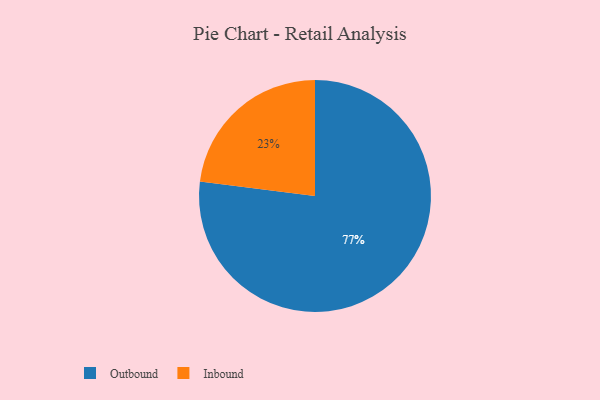
{"axis": {"x": "Category", "y": "Percentage"}, "legend": ["Inbound", "Outbound"], "data": [{"x": "Outbound", "y": 77, "type": "Outbound"}, {"x": "Inbound", "y": 23, "type": "Inbound"}]}